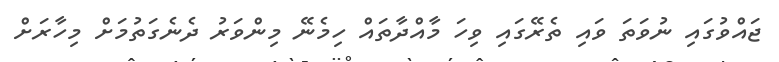
ޖައްވުގައި ނުވަތަ ވައި ތެރޭގައި ވިހަ މާއްދާތައް ހިމެނޭ މިންވަރު ދެނެގަތުމަށް މިހާރަށް